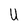
Character: U